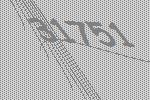
31751